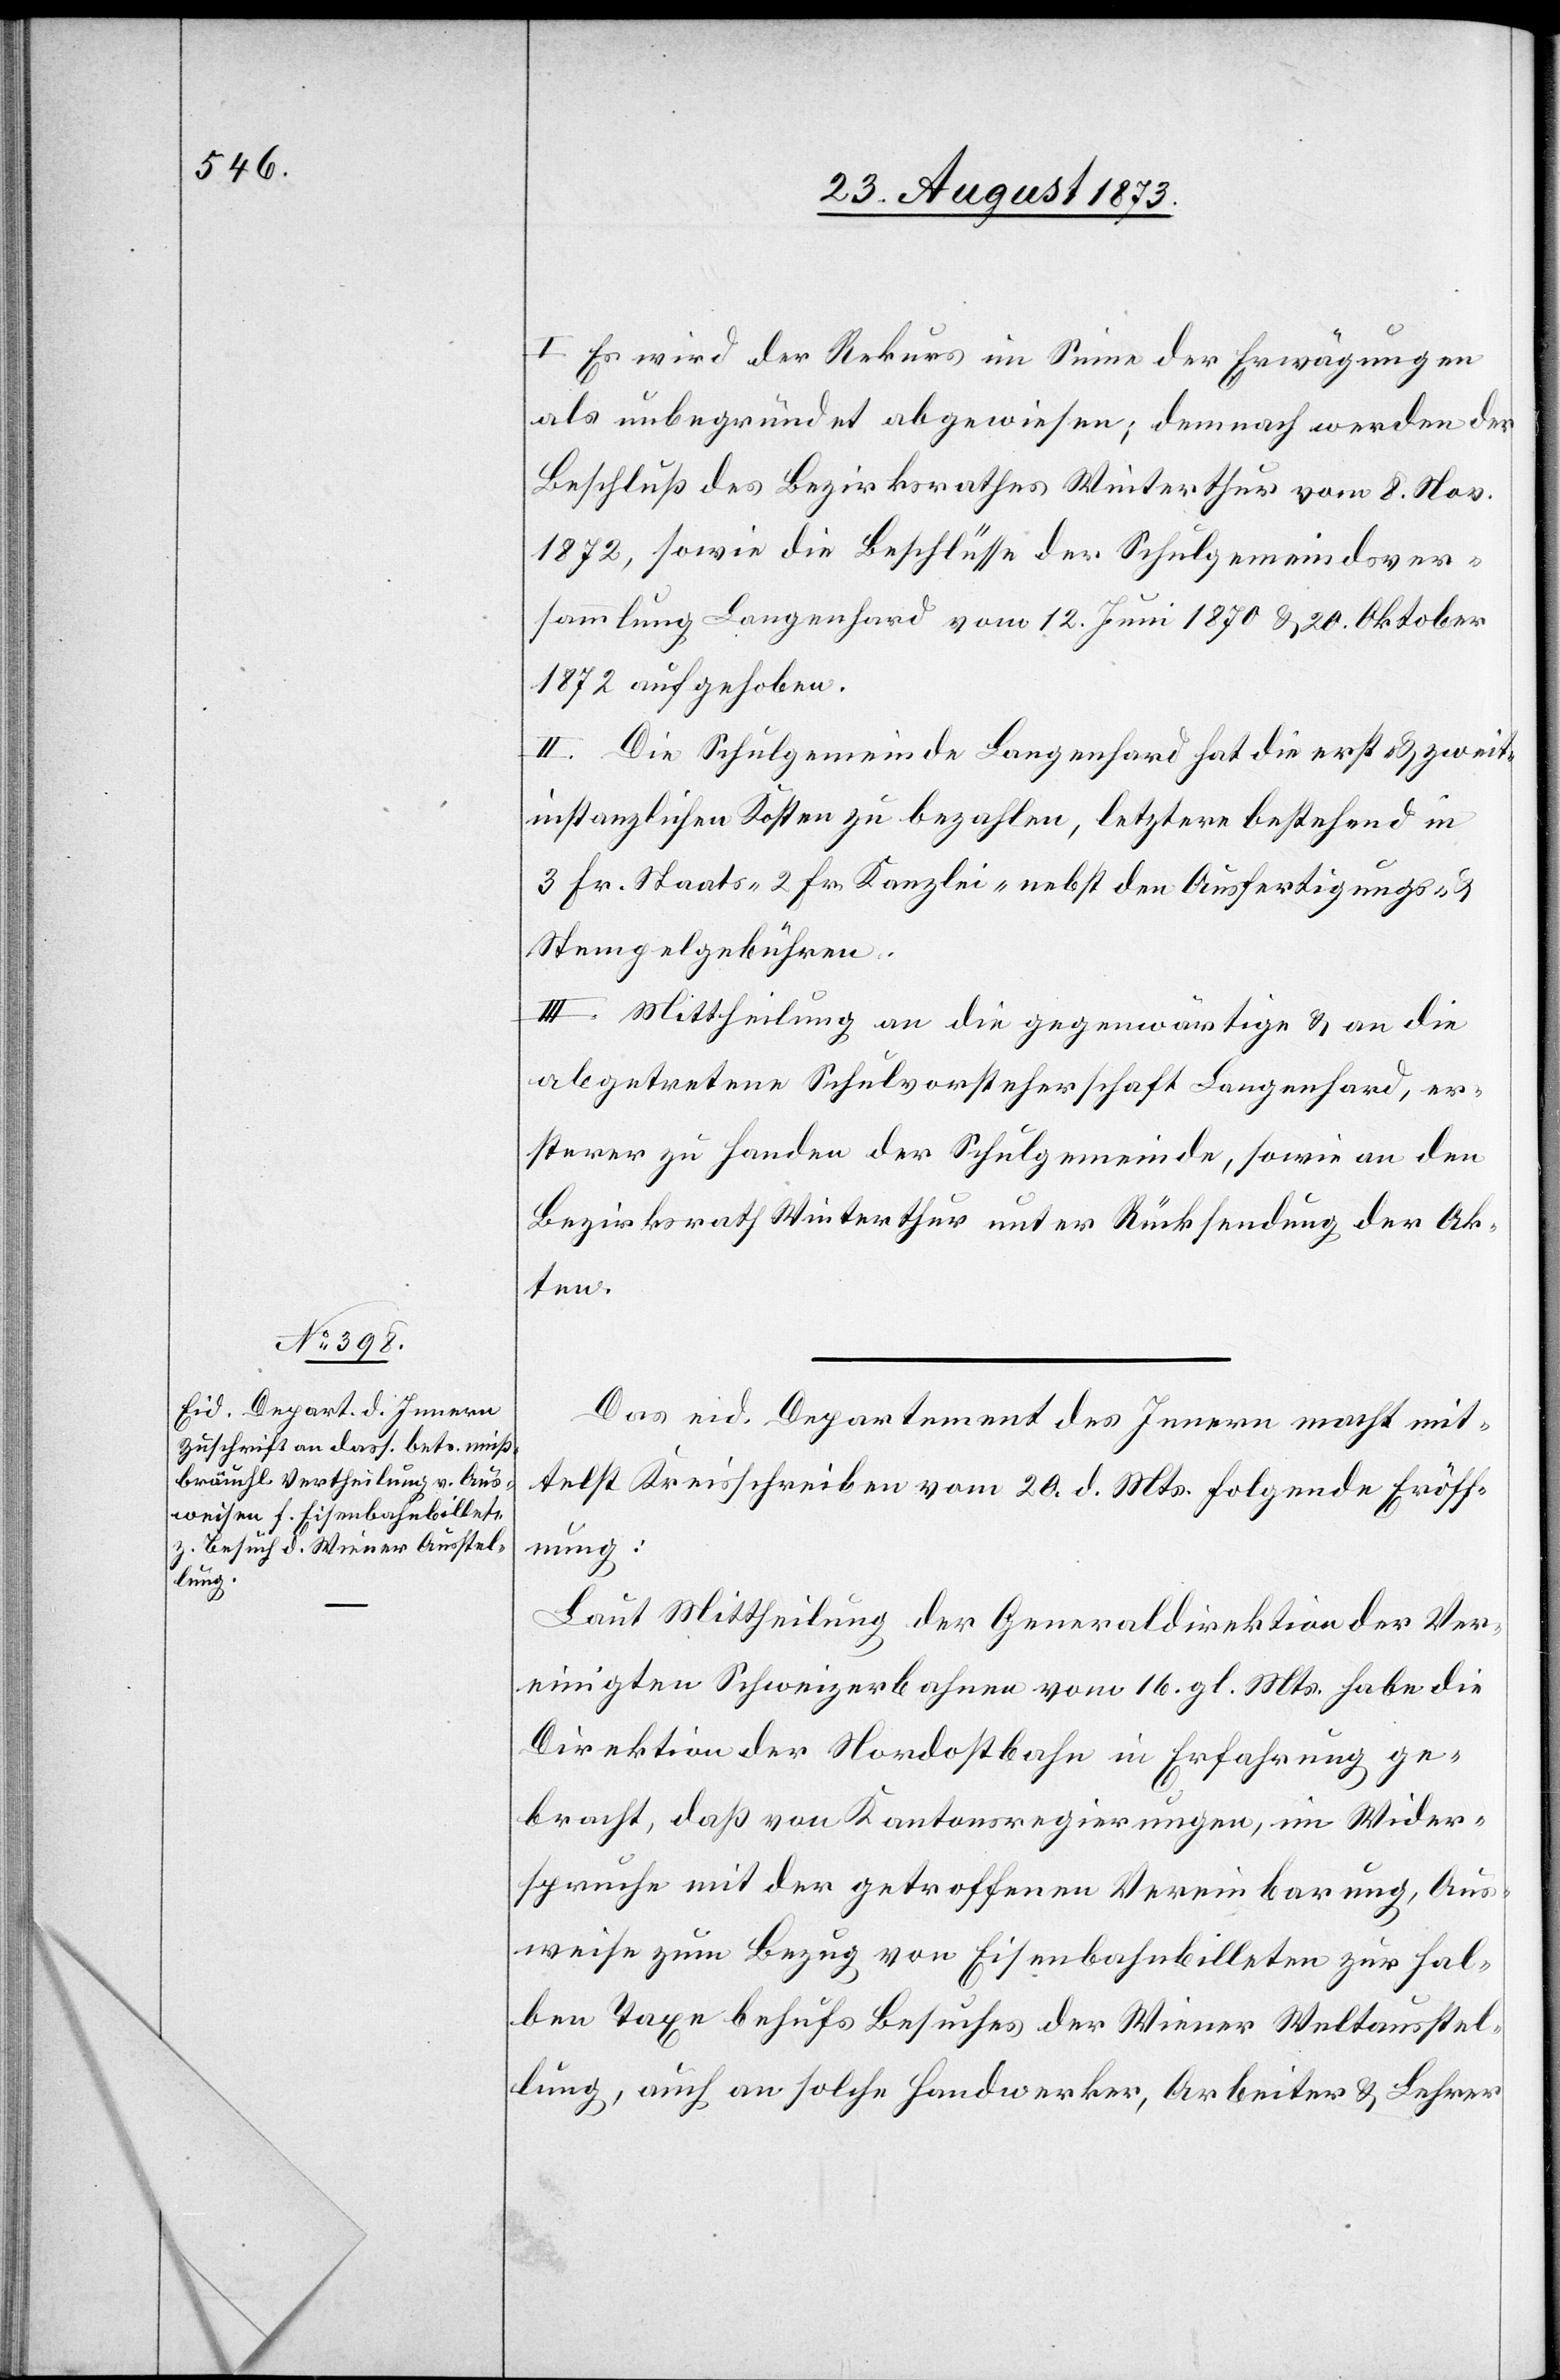
I. Es wird der Rekurs im Sinne der Erwägungen
als unbegründet abgewiesen; demnach werden der
Beschluß des Bezirksrathes Winterthur vom 8. Nov.
1872, sowie die Beschlüsse der Schulgemeindsver¬
sammlung Langenhard vom 12. Juni 1870 & 20. Oktober
1872 aufgehoben.
II. Die Schulgemeinde Langenhard hat die erst- & zweit¬
instanzlichen Kosten zu bezahlen, letztere bestehend in
3 Fr. Staats- 2 Fr. Kanzlei- nebst den Ausfertigungs- &
Stempelgebühren.
III. Mittheilung an die gegenwärtige & an die
abgetretene Schulvorsteherschaft Langenhard, er¬
sterer zu Handen der Schulgemeinde, sowie an den
Bezirksrath Winterthur unter Rücksendung der Ak¬
ten.
Das eid. Departement des Innern macht mit¬
telst Kreisschreiben vom 20. d. Mts. folgende Eröff¬
nung:
Laut Mittheilung der Generaldirektion der Ver¬
einigten Schweizerbahnen vom 16. gl. Mts. habe die
Direktion der Nordostbahn in Erfahrung ge¬
bracht, daß von Kantonsregierungen, im Wider¬
spruche mit der getroffenen Vereinbarung, Aus¬
weise zum Bezug von Eisenbahnbilleten zur hal¬
ben Taxe behufs Besuches der Wiener Weltausstel¬
lung, auch an solche Handwerker, Arbeiter & Lehrer